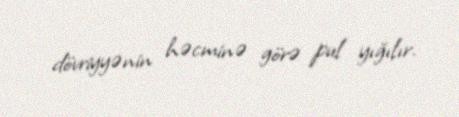
dövriyyənin həcminə görə pul yığılır.